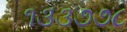
૧૩૩૭૭૮